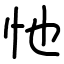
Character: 忚